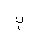
Letter: _ba